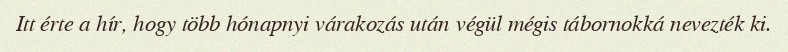
Itt érte a hír, hogy több hónapnyi várakozás után végül mégis tábornokká nevezték ki.